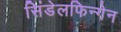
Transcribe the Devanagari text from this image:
सिंडेलफिन्गेन